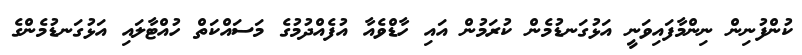
ކުންފުނިން ނިންމާފައިވަނީ އަޅުގަނޑުމެން ކުރަމުން އައި ހާޑްވެއާ އުފެއްދުމުގެ މަސައްކަތް ހުއްޓާލައި އަޅުގަނޑުމެންގެ